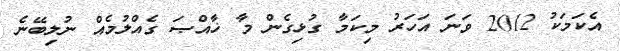
އެކަމަކު 2012 ވަނަ އަހަރު މިކަމާ ގުޅިގެން މާ ޚާއްޞަ ގެއްލުމެއް ނުލިބޭނެ